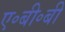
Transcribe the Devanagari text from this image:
ए॰बी॰बी